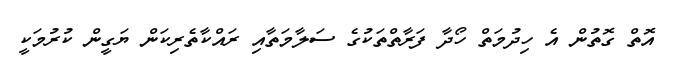
އޮތް ގޮތުން އެ ހިދުމަތް ހޯދާ ފަރާތްތަކުގެ ސަލާމަތާއި ރައްކާތެރިކަން ޔަގީން ކުރުމަކީ